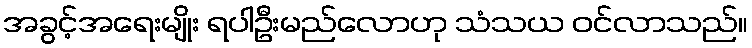
အခွင့်အရေးမျိုး ရပါဦးမည်လောဟု သံသယ ဝင်လာသည်။